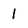
Character: 1